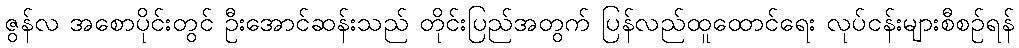
ဇွန်လ အစောပိုင်းတွင် ဦးအောင်ဆန်းသည် တိုင်းပြည်အတွက် ပြန်လည်ထူထောင်ရေး လုပ်ငန်းများစီစဉ်ရန်